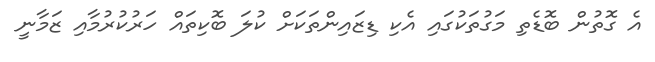
އެ ގޮތުން ބޮޑެތި މަގުތަކުގައި އެކި ޑިޒައިންތަކަށް ކުލަ ބޮކިތައް ހަރުކުރުމާއި ޒަމާނީ